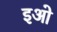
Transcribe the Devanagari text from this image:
इओ